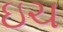
ઇચ